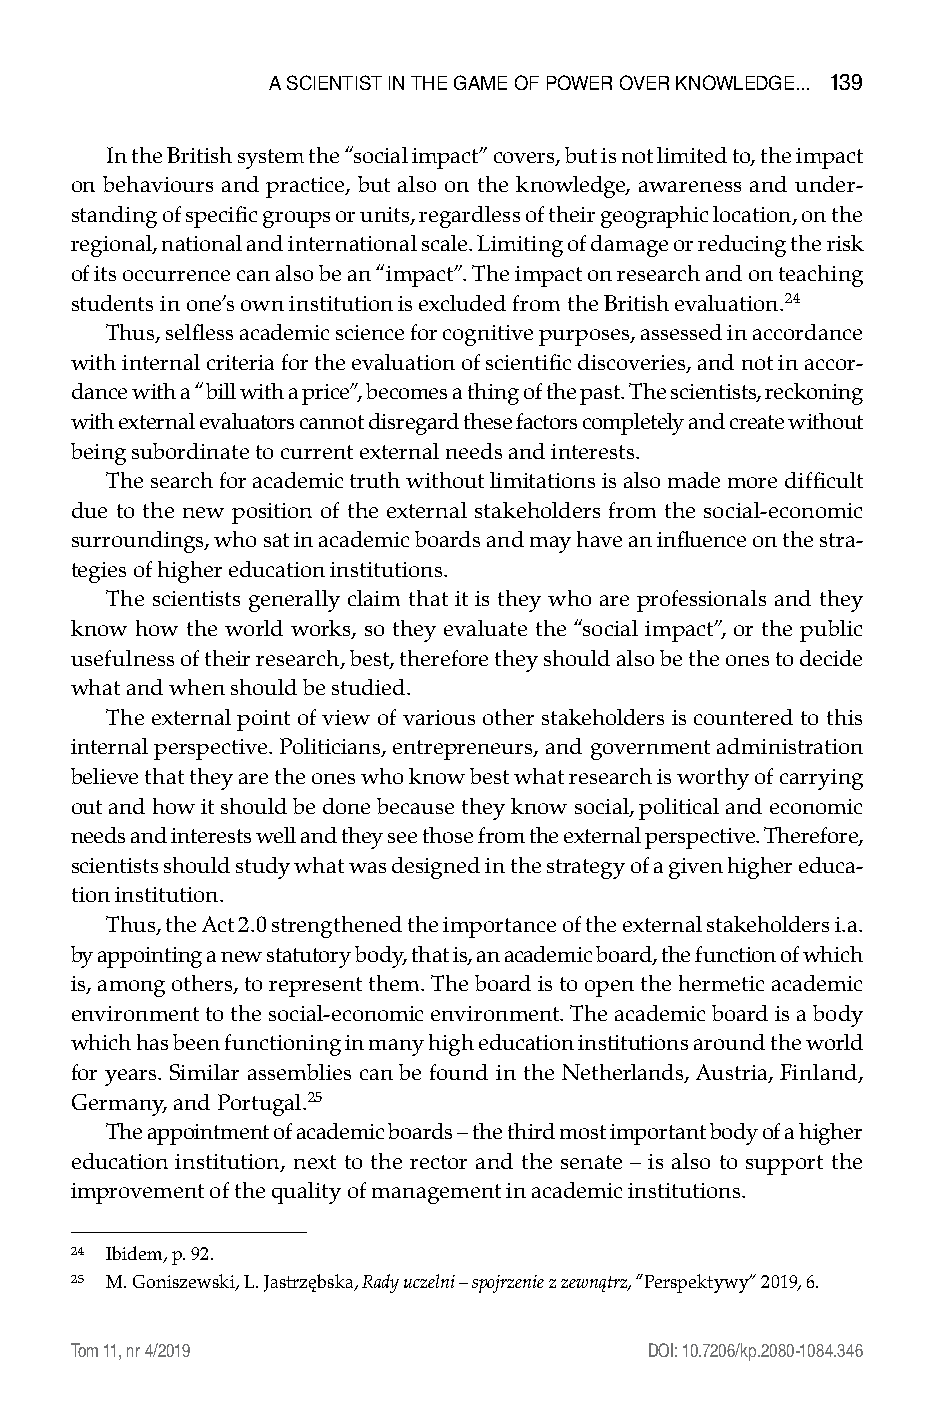
a scIEntIst In tHE GaME oF PoWER oVER knoWlEDGE... 139
 In the British system the “social impact” covers, but is not limited to, the impact
 on behaviours and practice, but also on the knowledge, awareness and under-
 standing of specific groups or units, regardless of their geographic location, on the
 regional, national and international scale. Limiting of damage or reducing the risk
 of its occurrence can also be an “impact”. The impact on research and on teaching
 students in one’s own institution is excluded from the British evaluation.24
 Thus, selfless academic science for cognitive purposes, assessed in accordance
 with internal criteria for the evaluation of scientific discoveries, and not in accor-
 dance with a “bill with a price”, becomes a thing of the past. The scientists, reckoning
 with external evaluators cannot disregard these factors completely and create without
 being subordinate to current external needs and interests.
 The search for academic truth without limitations is also made more difficult
 due to the new position of the external stakeholders from the social-economic
 surroundings, who sat in academic boards and may have an influence on the stra-
 tegies of higher education institutions.
 The scientists generally claim that it is they who are professionals and they
 know how the world works, so they evaluate the “social impact”, or the public
 usefulness of their research, best, therefore they should also be the ones to decide
 what and when should be studied.
 The external point of view of various other stakeholders is countered to this
 internal perspective. Politicians, entrepreneurs, and government administration
 believe that they are the ones who know best what research is worthy of carrying
 out and how it should be done because they know social, political and economic
 needs and interests well and they see those from the external perspective. Therefore,
 scientists should study what was designed in the strategy of a given higher educa-
 tion institution.
 Thus, the Act 2.0 strengthened the importance of the external stakeholders i.a.
 by appointing a new statutory body, that is, an academic board, the function of which
 is, among others, to represent them. The board is to open the hermetic academic
 environment to the social-economic environment. The academic board is a body
 which has been functioning in many high education institutions around the world
 for years. Similar assemblies can be found in the Netherlands, Austria, Finland,
 Germany, and Portugal.25
 The appointment of academic boards – the third most important body of a higher
 education institution, next to the rector and the senate – is also to support the
 improvement of the quality of management in academic institutions.
 24 Ibidem, p. 92.
 25 M. Goniszewski, L. Jastrzębska, Rady uczelni – spojrzenie z zewnątrz, “Perspektywy” 2019, 6.
 Tom 11, nr 4/2019                      DOI: 10.7206/kp.2080-1084.346